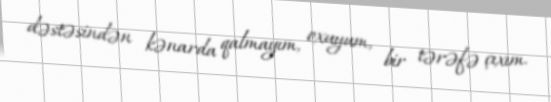
dəstəsindən kənarda qalmayım, oxuyum, bir tərəfə çıxım.